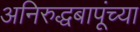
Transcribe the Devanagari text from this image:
अनिरुद्धबापूंच्या